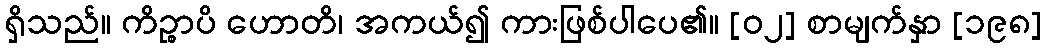
ရှိသည်။ ကိဉ္စာပိ ဟောတိ၊ အကယ်၍ ကားဖြစ်ပါပေ၏။ [၀၂] စာမျက်နှာ [၁၉၈]